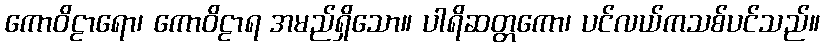
ကောဝိဠာရော၊ ကောဝိဠာရ အမည်ရှိသော။ ပါရိဆတ္တကော၊ ပင်လယ်ကသစ်ပင်သည်။